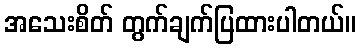
အသေးစိတ် တွက်ချက်ပြထားပါတယ်။